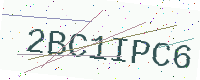
Text: 2BC1IPC6